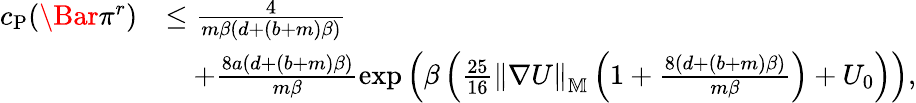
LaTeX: \begin{array}{rl}{c_{\mathrm{P}}(\Bar{\pi}^{r})}&{\le\frac{4}{m\beta\left(d+\left(b+m\right)\beta\right)}}\\ &{\quad+\frac{8a\left(d+\left(b+m\right)\beta\right)}{m\beta}\exp\left(\beta\left(\frac{25}{16}\left\| \nabla U\right\| _{\mathbb{M}}\left(1+\frac{8\left(d+\left(b+m\right)\beta\right)}{m\beta}\right)+U_{0}\right)\right),}\end{array}